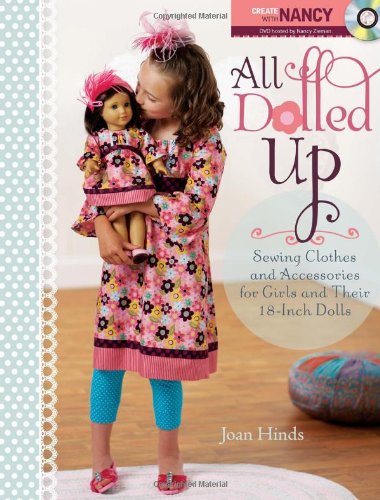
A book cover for All Dolled Up: Sewing Clothes and Accessories for Girls and Their 18-Inch Dolls; Joan Hinds; Crafts, Hobbies & Home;